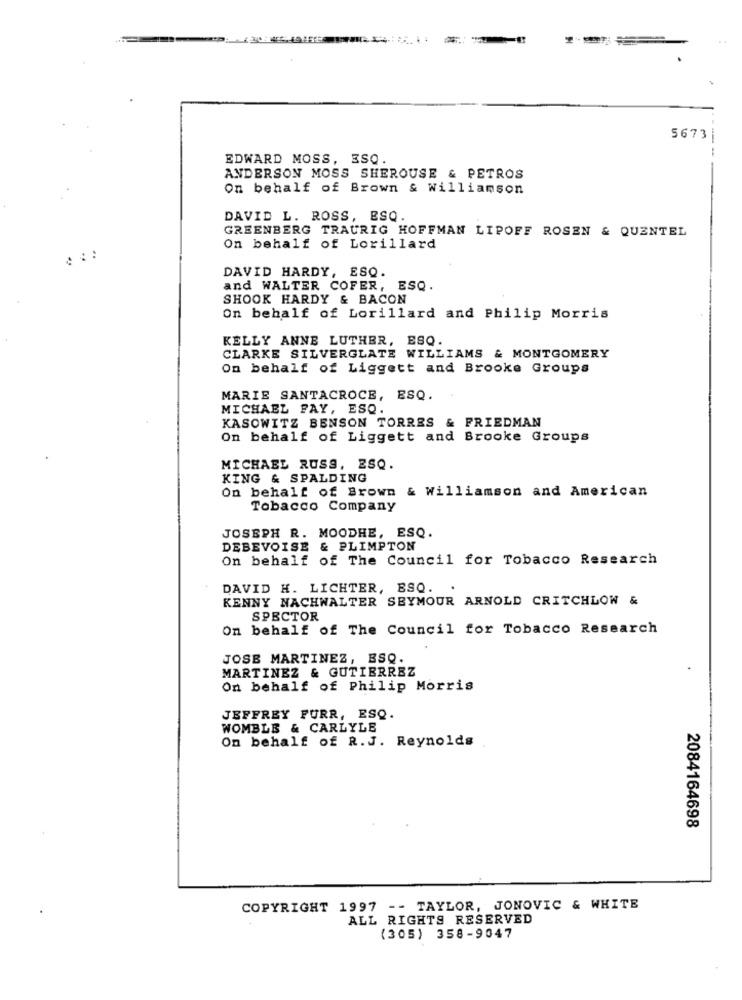
5673
EDWARD MOSS, ESQ.
ANDERSON MOSS SHEROUSE & PETROS
On behalf of Brown & Williamson
DAVID L. ROSS, ESQ.
GREENBERG TRAURIG HOFFMAN LIPOFF ROSEN & QUENTEL
On behalf of Lorillard
DAVID HARDY, ESQ.
and WALTER COFER, ESQ.
SHOOK HARDY & BACON
On behalf of Lorillard and Philip Morris
KELLY ANNE LUTHER, ESQ.
CLARKE SILVERGLATE WILLIAMS & MONTGOMERY
On behalf of Liggett and Brooke Groups
MARIE SANTACROCE, ESQ.
MICHAEL PAY, ESQ.
KASOWITZ BENSON TORRES & FRIEDMAN
On behalf of Liggett and Brooke Groups
MICHAEL RUSS, ESQ.
KING & SPALDING
On behalf of Brown & Williamson and American
Tobacco Company
JOSEPH R. MOODHE, ESQ.
DEBEVOISE & PLIMPTON
On behalf of The Council for Tobacco Research
DAVID H. LICHTER, ESQ.
.
KENNY NACHWALTER SEYMOUR ARNOLD CRITCHLOW &
SPECTOR
On behalf of The Council for Tobacco Research
JOSE MARTINEZ, ESQ.
MARTINEZ & GUTIERREZ
On behalf of Philip Morris
JEFFREY FURR, ESQ.
WOMBLE & CARLYLE
On behalf of R.J. Reynolds
2084164698
COPYRIGHT 1997 -- TAYLOR, JONOVIC & WHITE
ALL RIGHTS RESERVED
(305) 358-9047